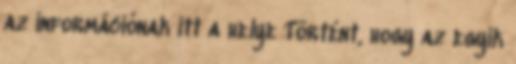
az információnak itt a helye Történt, hogy az egyik